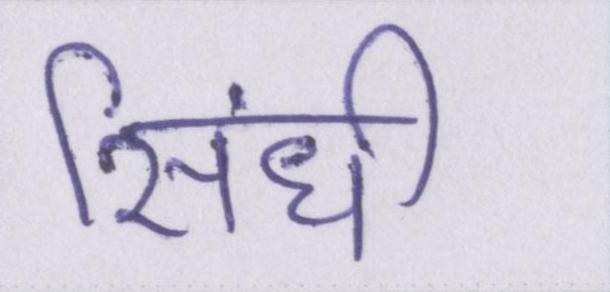
सिंधी